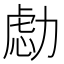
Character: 𰅔